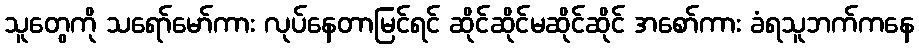
သူတွေကို သရော်မော်ကား လုပ်နေတာမြင်ရင် ဆိုင်ဆိုင်မဆိုင်ဆိုင် အစော်ကား ခံရသူဘက်ကနေ